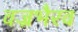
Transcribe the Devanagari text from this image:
वज्रभैरव